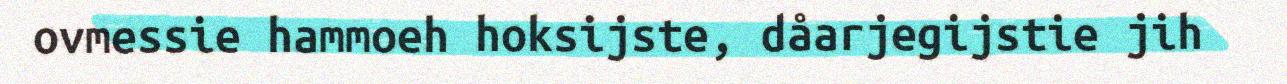
ovmessie hammoeh hoksijste, dåarjegijstie jih